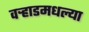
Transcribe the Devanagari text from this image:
वर्‍हाडमधल्या